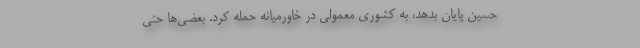
حسین پایان بدهد، به کشوری معمولی در خاورمیانه حمله کرد. بعضی‌ها حتی